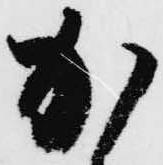
加